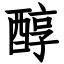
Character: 醇